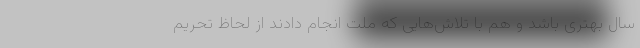
سال بهتری باشد و هم با تلاش‌هایی که ملت انجام دادند از لحاظ تحریم